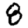
Digit: 8